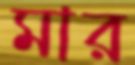
মার